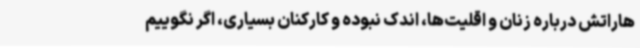
هاراتش درباره زنان و اقلیت‌ها، اندک نبوده و کارکنان بسیاری، اگر نگوییم